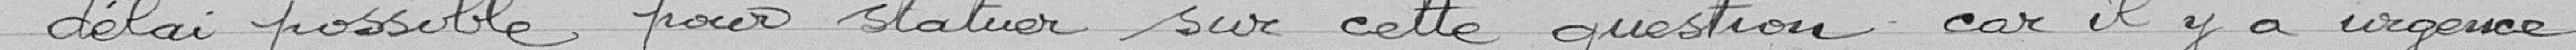
délai possible pour statuer sur cette question car il y a urgence.